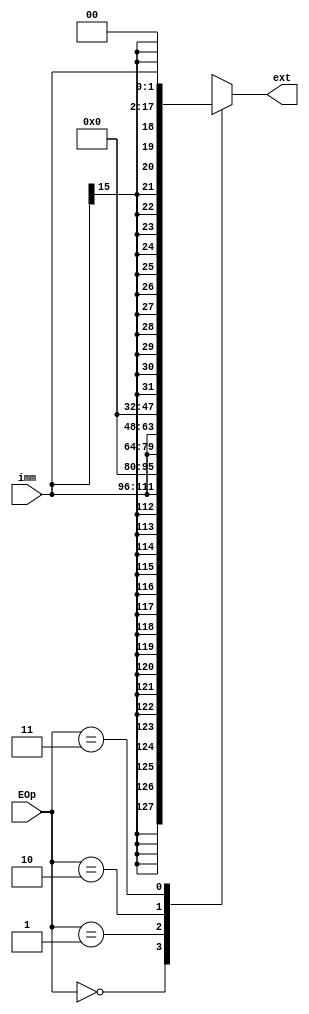
`timescale 1ns / 1ps
//////////////////////////////////////////////////////////////////////////////////
// Company: 
// Engineer: 
// 
// Design Name: 
// Module Name:    ext 
// Project Name: 
// Target Devices: 
// Tool versions: 
// Description: 
//
// Dependencies: 
//
// Revision: 
// Revision 0.01 - File Created
// Additional Comments: 
//
//////////////////////////////////////////////////////////////////////////////////
module ext(
    input [15:0] imm,
    input [1:0] EOp,
    output reg [31:0] ext
    );

    always @(*) begin
        case (EOp)
            2'b00:
                ext = {{16{imm[15]}}, imm};
            2'b01:
                ext = {16'h0000, imm};
            2'b10:
                ext = {imm, 16'h0000};
            2'b11:
                ext = {{14{imm[15]}}, imm, 2'b00};
            default:   begin
					ext = 32'h00000000;
				end
        endcase
    end


endmodule